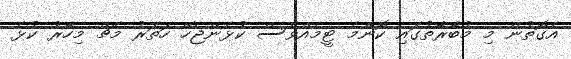
އެގޮތުން މި މުބާރާތުގައި ކޮންމެ ޓީމެއްވެސް ކުޅެންޖެހޭ ހަތަރު މެޗް މިހާރު ކުޅެ